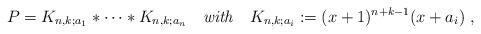
LaTeX: \begin{align*}P=K_{n,k;a_1}*\cdots *K_{n,k;a_n}~~~{\it with}~~~K_{n,k;a_i}:=(x+1)^{n+k-1}(x+a_i)~,\end{align*}